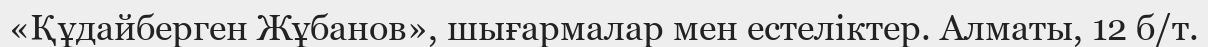
«Құдайберген Жұбанов», шығармалар мен естеліктер. Алматы, 12 б/т.